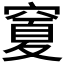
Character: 𥧜